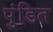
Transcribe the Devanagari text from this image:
पुंडित